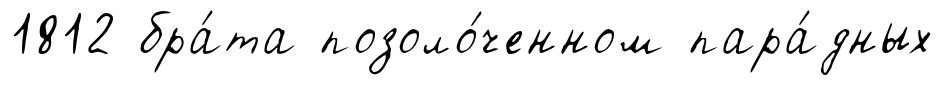
1812 бра́та позоло́ченном пара́дных